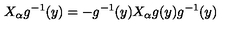
X _ { \alpha } g ^ { - 1 } ( y ) = - g ^ { - 1 } ( y ) X _ { \alpha } g ( y ) g ^ { - 1 } ( y )